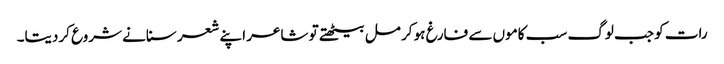
رات کو جب لوگ سب کاموں سے فارغ ہو کر مل بیٹھتے تو شاعر اپنے شعر سنانے شروع کردیتا۔